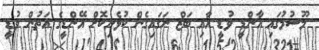
މޫސުމުގައި އާންޑީ ވުޑީ އާއި ބަޒް ނަގައިގެން ކުޅެނިކޮށް އޭންޑީގެ އަތުން ވުޑީ